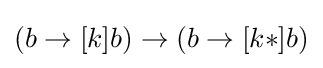
(b\to [k]b)\to (b\to [k*]b)\,\!